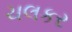
ચલકર